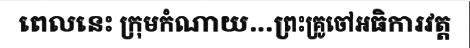
ពេលនេះ ក្រុមកំណាយ...ព្រះគ្រូចៅអធិការវត្ត